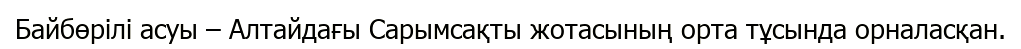
Байбөрілі асуы – Алтайдағы Сарымсақты жотасының орта тұсында орналасқан.